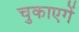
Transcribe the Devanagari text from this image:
चुकाएगें